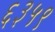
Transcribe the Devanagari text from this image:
६३५९